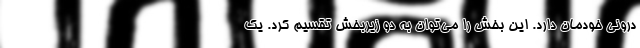
درونی خودمان دارد. این بخش را می‌توان به دو زیربخش تقسیم کرد. یک